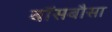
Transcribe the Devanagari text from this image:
बॉसबौसा